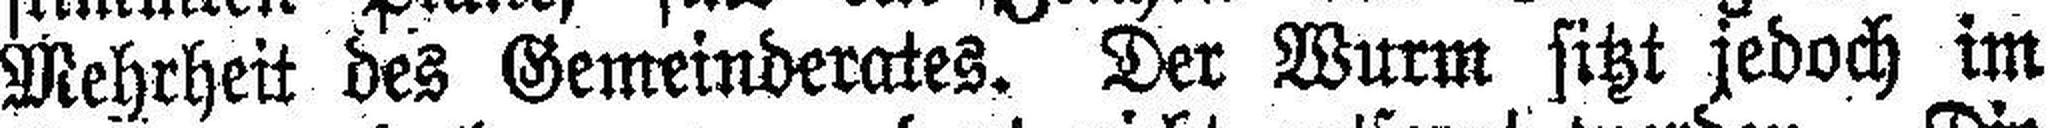
Mehrheit des Gemeinderates. Der Wurm sitzt jedoch im